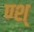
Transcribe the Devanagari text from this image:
ण्श्